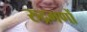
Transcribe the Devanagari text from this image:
रुद्रगणों